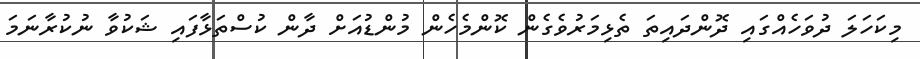
މިކަހަލަ ދުވަހެއްގައި ދޮންދައިތަ ތެޅިމަރުވެގެން ކޮންމެހެން މުންޑުއަށް ދާން ކުސްތަޅާފައި ޝަކުވާ ނުކުރާނަމަ